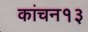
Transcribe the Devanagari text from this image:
कांचन१३